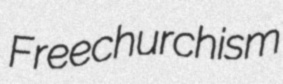
Freechurchism